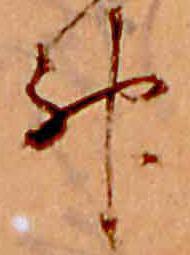
神